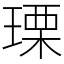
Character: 瑮